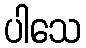
ပါသေ